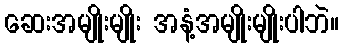
ဆေးအမျိုးမျိုး အနံ့အမျိုးမျိုးပါဘဲ။